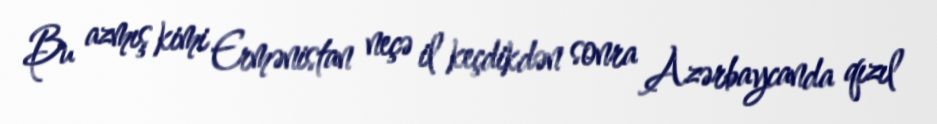
Bu azmış kimi Ermənistan neçə il keçdikdən sonra Azərbaycanda qızıl